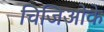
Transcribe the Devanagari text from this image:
चिजिओके